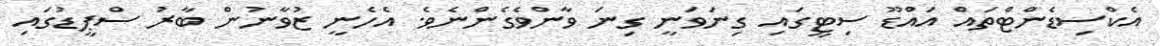
އެކްސިޑެންޓްތައް އައްޑޫ ސިޓީގައި ގިނަވަނީ ގިނަ ވާންވެގެންނެވެ. އެހެނީ ޒުވާނުން ބާރު ސްޕީޑުގައި